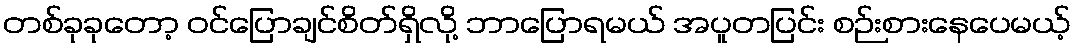
တစ်ခုခုတော့ ဝင်ပြောချင်စိတ်ရှိလို့ ဘာပြောရမယ် အပူတပြင်း စဉ်းစားနေပေမယ့်